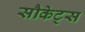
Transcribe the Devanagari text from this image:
सौकेट्स